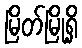
မြိတ်မြို့ရှိ